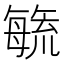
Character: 𭯉